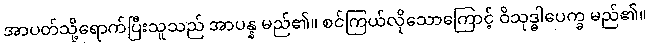
အာပတ်သို့ရောက်ပြီးသူသည် အာပန္န မည်၏။ စင်ကြယ်လိုသောကြောင့် ဝိသုဒ္ဓါပေက္ခ မည်၏။